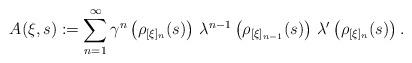
LaTeX: \begin{align*}A ( \xi, s ) := \sum _{n=1} ^\infty \gamma ^n \left( \rho _{[\xi] _n} (s) \right) \, \lambda ^{n-1} \left( \rho _{[\xi] _{n-1}} (s) \right) \, \lambda ' \left( \rho _{[\xi] _n} (s) \right) .\end{align*}